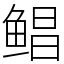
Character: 鲳